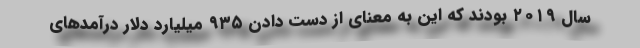
سال ۲۰۱۹ بودند که این به معنای از دست دادن ۹۳۵ میلیارد دلار درآمدهای